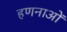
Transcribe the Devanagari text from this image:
हणनाओं